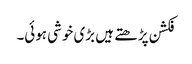
فکشن پڑھتے ہیں بڑی خوشی ہوئی۔